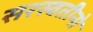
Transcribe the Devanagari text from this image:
सरस्वतीनो